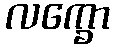
လက္ခော